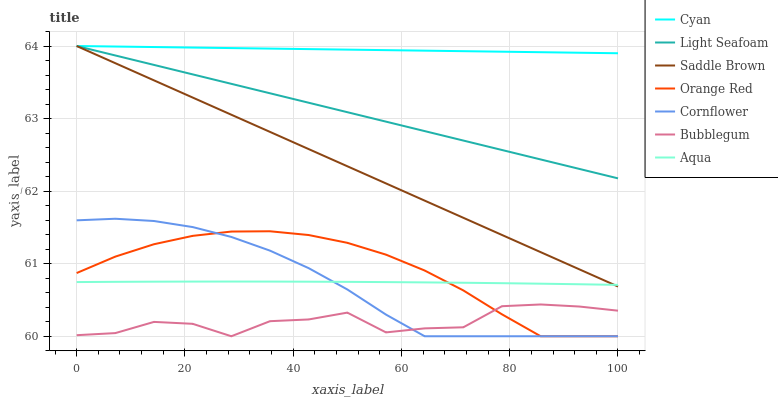
| xaxis_label | Cyan | Light Seafoam | Saddle Brown | Orange Red | Cornflower | Bubblegum | Aqua |
 | --- | --- | --- | --- | --- | --- | --- | --- |
 | 0 | 64 | 64 | 64 | 60.9 | 61.6 | 60 | 60.7 |
 | 7.14 | 64 | 63.9 | 63.8 | 61.1 | 61.6 | 60 | 60.7 |
 | 14.3 | 64 | 63.7 | 63.5 | 61.3 | 61.6 | 60.2 | 60.8 |
 | 21.4 | 64 | 63.6 | 63.3 | 61.4 | 61.5 | 60.2 | 60.8 |
 | 28.6 | 64 | 63.5 | 63.1 | 61.4 | 61.4 | 60 | 60.8 |
 | 35.7 | 64 | 63.3 | 62.8 | 61.4 | 61.2 | 60.2 | 60.8 |
 | 42.9 | 64 | 63.2 | 62.6 | 61.4 | 60.9 | 60.2 | 60.8 |
 | 50 | 64 | 63.1 | 62.3 | 61.3 | 60.6 | 60.3 | 60.7 |
 | 57.1 | 63.9 | 63 | 62.1 | 61.1 | 60.3 | 60.1 | 60.7 |
 | 64.3 | 63.9 | 62.8 | 61.9 | 60.9 | 60 | 60.1 | 60.7 |
 | 71.4 | 63.9 | 62.7 | 61.6 | 60.6 | 60 | 60.1 | 60.7 |
 | 78.6 | 63.9 | 62.6 | 61.4 | 60.3 | 60 | 60.4 | 60.7 |
 | 85.7 | 63.9 | 62.4 | 61.2 | 60 | 60 | 60.4 | 60.7 |
 | 92.9 | 63.9 | 62.3 | 60.9 | 60 | 60 | 60.4 | 60.7 |
 | 100 | 63.9 | 62.2 | 60.7 | 60 | 60 | 60.4 | 60.7 |